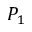
P _ { 1 }